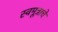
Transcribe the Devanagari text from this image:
स्वमूत्राचे